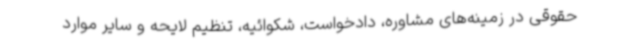
حقوقی در زمینه‌های مشاوره، دادخواست، شکوائیه، تنظیم لایحه و سایر موارد